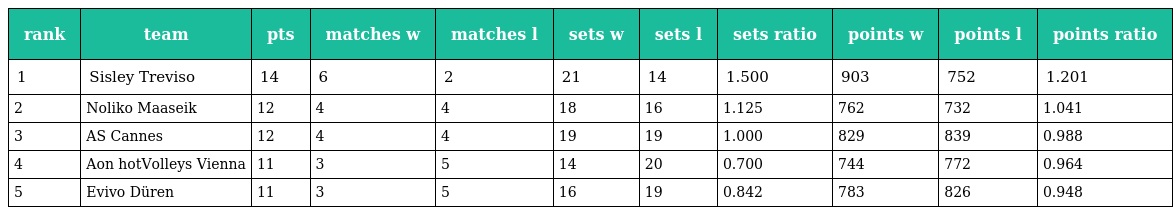
| rank | team | pts | matches w | matches l | sets w | sets l | sets ratio | points w | points l | points ratio |
 | --- | --- | --- | --- | --- | --- | --- | --- | --- | --- | --- |
 | 1 | Sisley Treviso | 14 | 6 | 2 | 21 | 14 | 1.500 | 903 | 752 | 1.201 |
 | 2 | Noliko Maaseik | 12 | 4 | 4 | 18 | 16 | 1.125 | 762 | 732 | 1.041 |
 | 3 | AS Cannes | 12 | 4 | 4 | 19 | 19 | 1.000 | 829 | 839 | 0.988 |
 | 4 | Aon hotVolleys Vienna | 11 | 3 | 5 | 14 | 20 | 0.700 | 744 | 772 | 0.964 |
 | 5 | Evivo Düren | 11 | 3 | 5 | 16 | 19 | 0.842 | 783 | 826 | 0.948 |